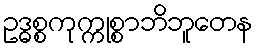
ဥဒ္ဓစ္စကုက္ကုစ္စာဘိဘူတေန